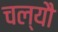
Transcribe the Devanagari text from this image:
चल्यौ